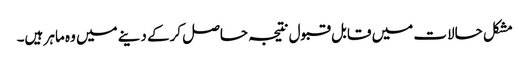
مشکل حالات میں قابل قبول نتیجہ حاصل کرکے دینے میں وہ ماہر ہیں۔